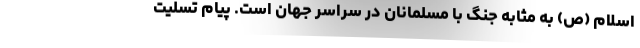
اسلام (ص) به مثابه جنگ با مسلمانان در سراسر جهان است. پیام تسلیت